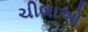
ચીલાઓ